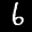
Label: 6